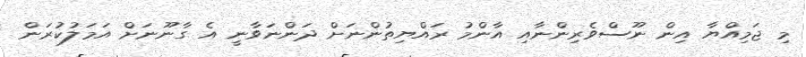
މި ޖަމިއްޔާ އިން ނޫސްވެރިންނާއި އާންމު ރައްޔިތުންނަށް ދަންނަވާނީ އެ ގާނޫނަށް އަމަލުކުރަން